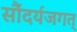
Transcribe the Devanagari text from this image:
सौंदर्यजगत्